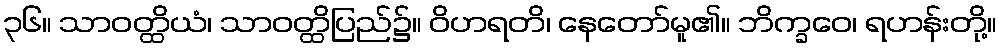
၃၆။ သာဝတ္ထိယံ၊ သာဝတ္ထိပြည်၌။ ဝိဟရတိ၊ နေတော်မူ၏။ ဘိက္ခဝေ၊ ရဟန်းတို့။